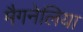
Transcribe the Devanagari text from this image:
मैगनेलिया